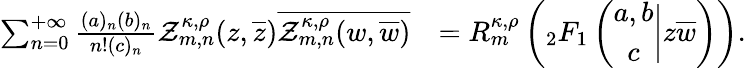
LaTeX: \begin{array}{rl}{\sum_{n=0}^{+\infty}\frac{(a)_{n}(b)_{n}}{n!(c)_{n}}\mathcal{Z}_{m,n}^{\kappa,\rho}(z,\overline{{z}})\overline{{\mathcal{Z}_{m,n}^{\kappa,\rho}(w,\overline{{w}})}}}&{=R_{m}^{\kappa,\rho}\left({_2F_{1}}\left(\begin{array}{c}{a,b}\\ {c}\end{array}\bigg|z\overline{{w}}\right)\right).}\end{array}